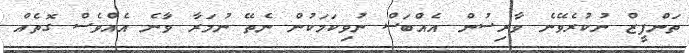
ތަންފީޒް ނުކުރެވޭނެ ވާރިސުން އެއްބަސް ނުވިކަމަކުން ނެތޭ ނުމަރާ ވަަާނެ އެއްވެސް ގޮތެއް